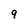
Character: 9